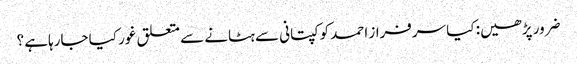
ضرور پڑھیں: کیا سرفراز احمد کو کپتانی سے ہٹانے سے متعلق غور کیا جارہاہے ؟